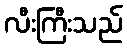
လီးကြီးသည်